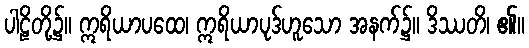
ပါဠိတို့၌။ ဣရိယာပထေ၊ ဣရိယာပုဒ်ဟူသော အနက်၌။ ဒိဿတိ၊ ၏။